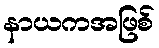
နာယကအဖြစ်